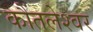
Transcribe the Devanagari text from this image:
कौंतलेश्वर